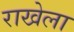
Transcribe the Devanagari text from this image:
राखेला